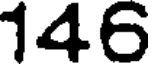
146